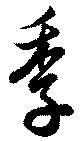
季